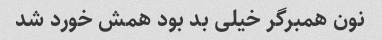
نون همبرگر خیلی بد بود همش خورد شد